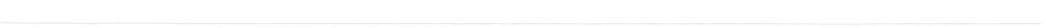
___